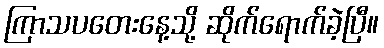
ကြာသပတေးနေ့သို့ ဆိုက်ရောက်ခဲ့ပြီ။